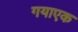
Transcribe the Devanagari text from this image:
गयाएक